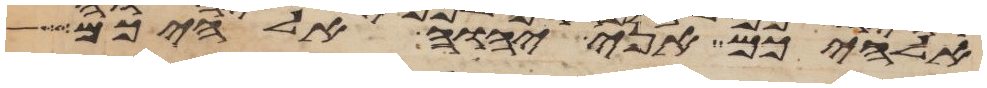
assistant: אלהיכם אני יהוה אלהיכם